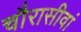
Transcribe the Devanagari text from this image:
चौरासीवां